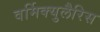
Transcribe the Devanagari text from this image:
वर्मिक्युलैरिस